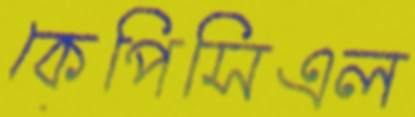
কেপিসিএল